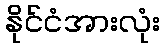
နိုင်ငံအားလုံး